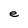
Character: e